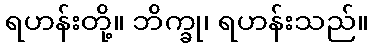
ရဟန်းတို့။ ဘိက္ခု၊ ရဟန်းသည်။